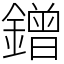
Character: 鏳